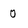
Character: 0